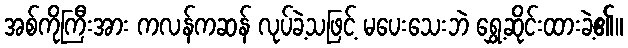
အစ်ကိုကြီးအား ကလန်ကဆန် လုပ်ခဲ့သဖြင့် မပေးသေးဘဲ ရွှေ့ဆိုင်းထားခဲ့၏။